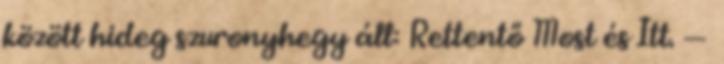
között hideg szuronyhegy áll: Rettentő Most és Itt. —